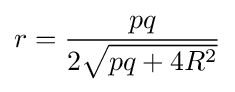
r={\frac {pq}{2{\sqrt {pq+4R^{2}}}}}